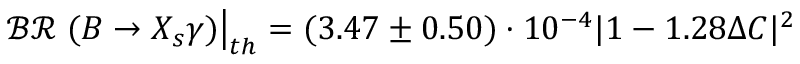
\mathcal { B R } \left. ( B \rightarrow X _ { s } \gamma ) \right| _ { t h } = ( 3 . 4 7 \pm 0 . 5 0 ) \cdot 1 0 ^ { - 4 } | 1 - 1 . 2 8 \Delta C | ^ { 2 }